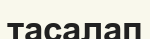
тасалап